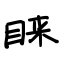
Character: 睐